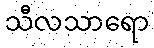
သီလသာရော